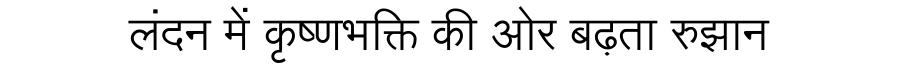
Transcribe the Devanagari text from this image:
लंदन में कृष्णभक्ति की ओर बढ़ता रुझान